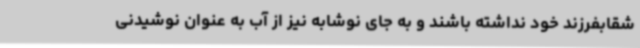
شقابفرزند خود نداشته باشند و به جای نوشابه نیز از آب به عنوان نوشیدنی